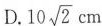
D.10 \sqrt{2}cm